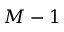
M - 1